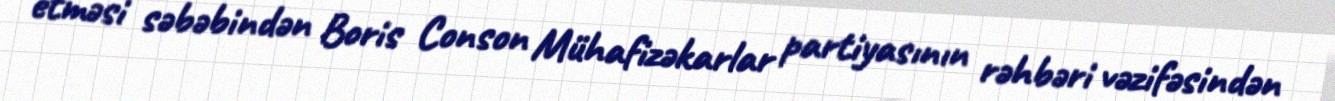
etməsi səbəbindən Boris Conson Mühafizəkarlar partiyasının rəhbəri vəzifəsindən